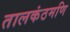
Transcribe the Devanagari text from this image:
तालकंठमणि